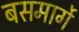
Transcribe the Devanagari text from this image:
बसमार्गे